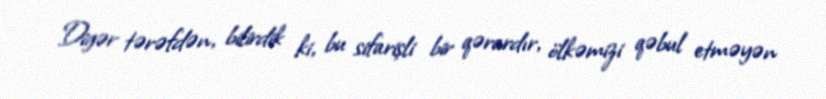
Digər tərəfdən, bilirdik ki, bu sifarişli bir qərardır, ölkəmizi qəbul etməyən